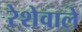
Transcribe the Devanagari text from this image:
रेशेवाले